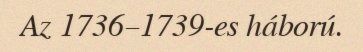
Az 1736–1739-es háború.